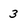
Character: 3